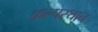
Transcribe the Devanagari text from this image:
कल्पस्थान